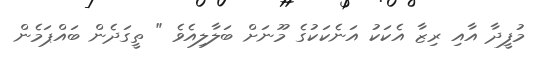
މުފީދާ އާއި ރިޒާ އެކަކު އަނެކަކުގެ މޫނަށް ބަލާލިއެވެ " ތީގަދެން ބައްޕަމެން